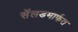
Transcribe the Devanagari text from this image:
सॅलडमार्फत